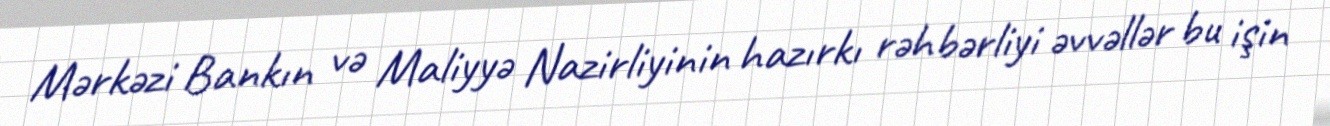
Mərkəzi Bankın və Maliyyə Nazirliyinin hazırkı rəhbərliyi əvvəllər bu işin